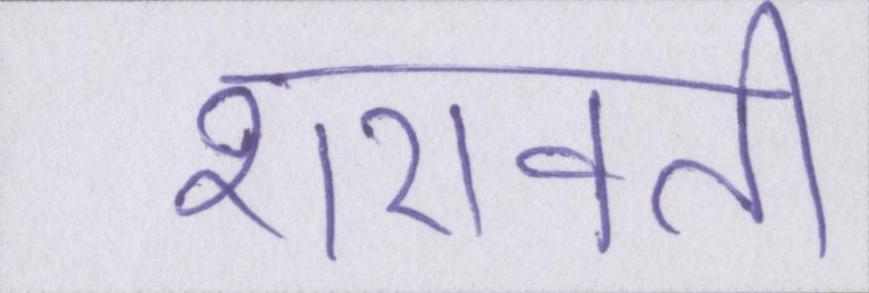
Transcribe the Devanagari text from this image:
शरावती